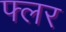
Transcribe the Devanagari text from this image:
फ्लर